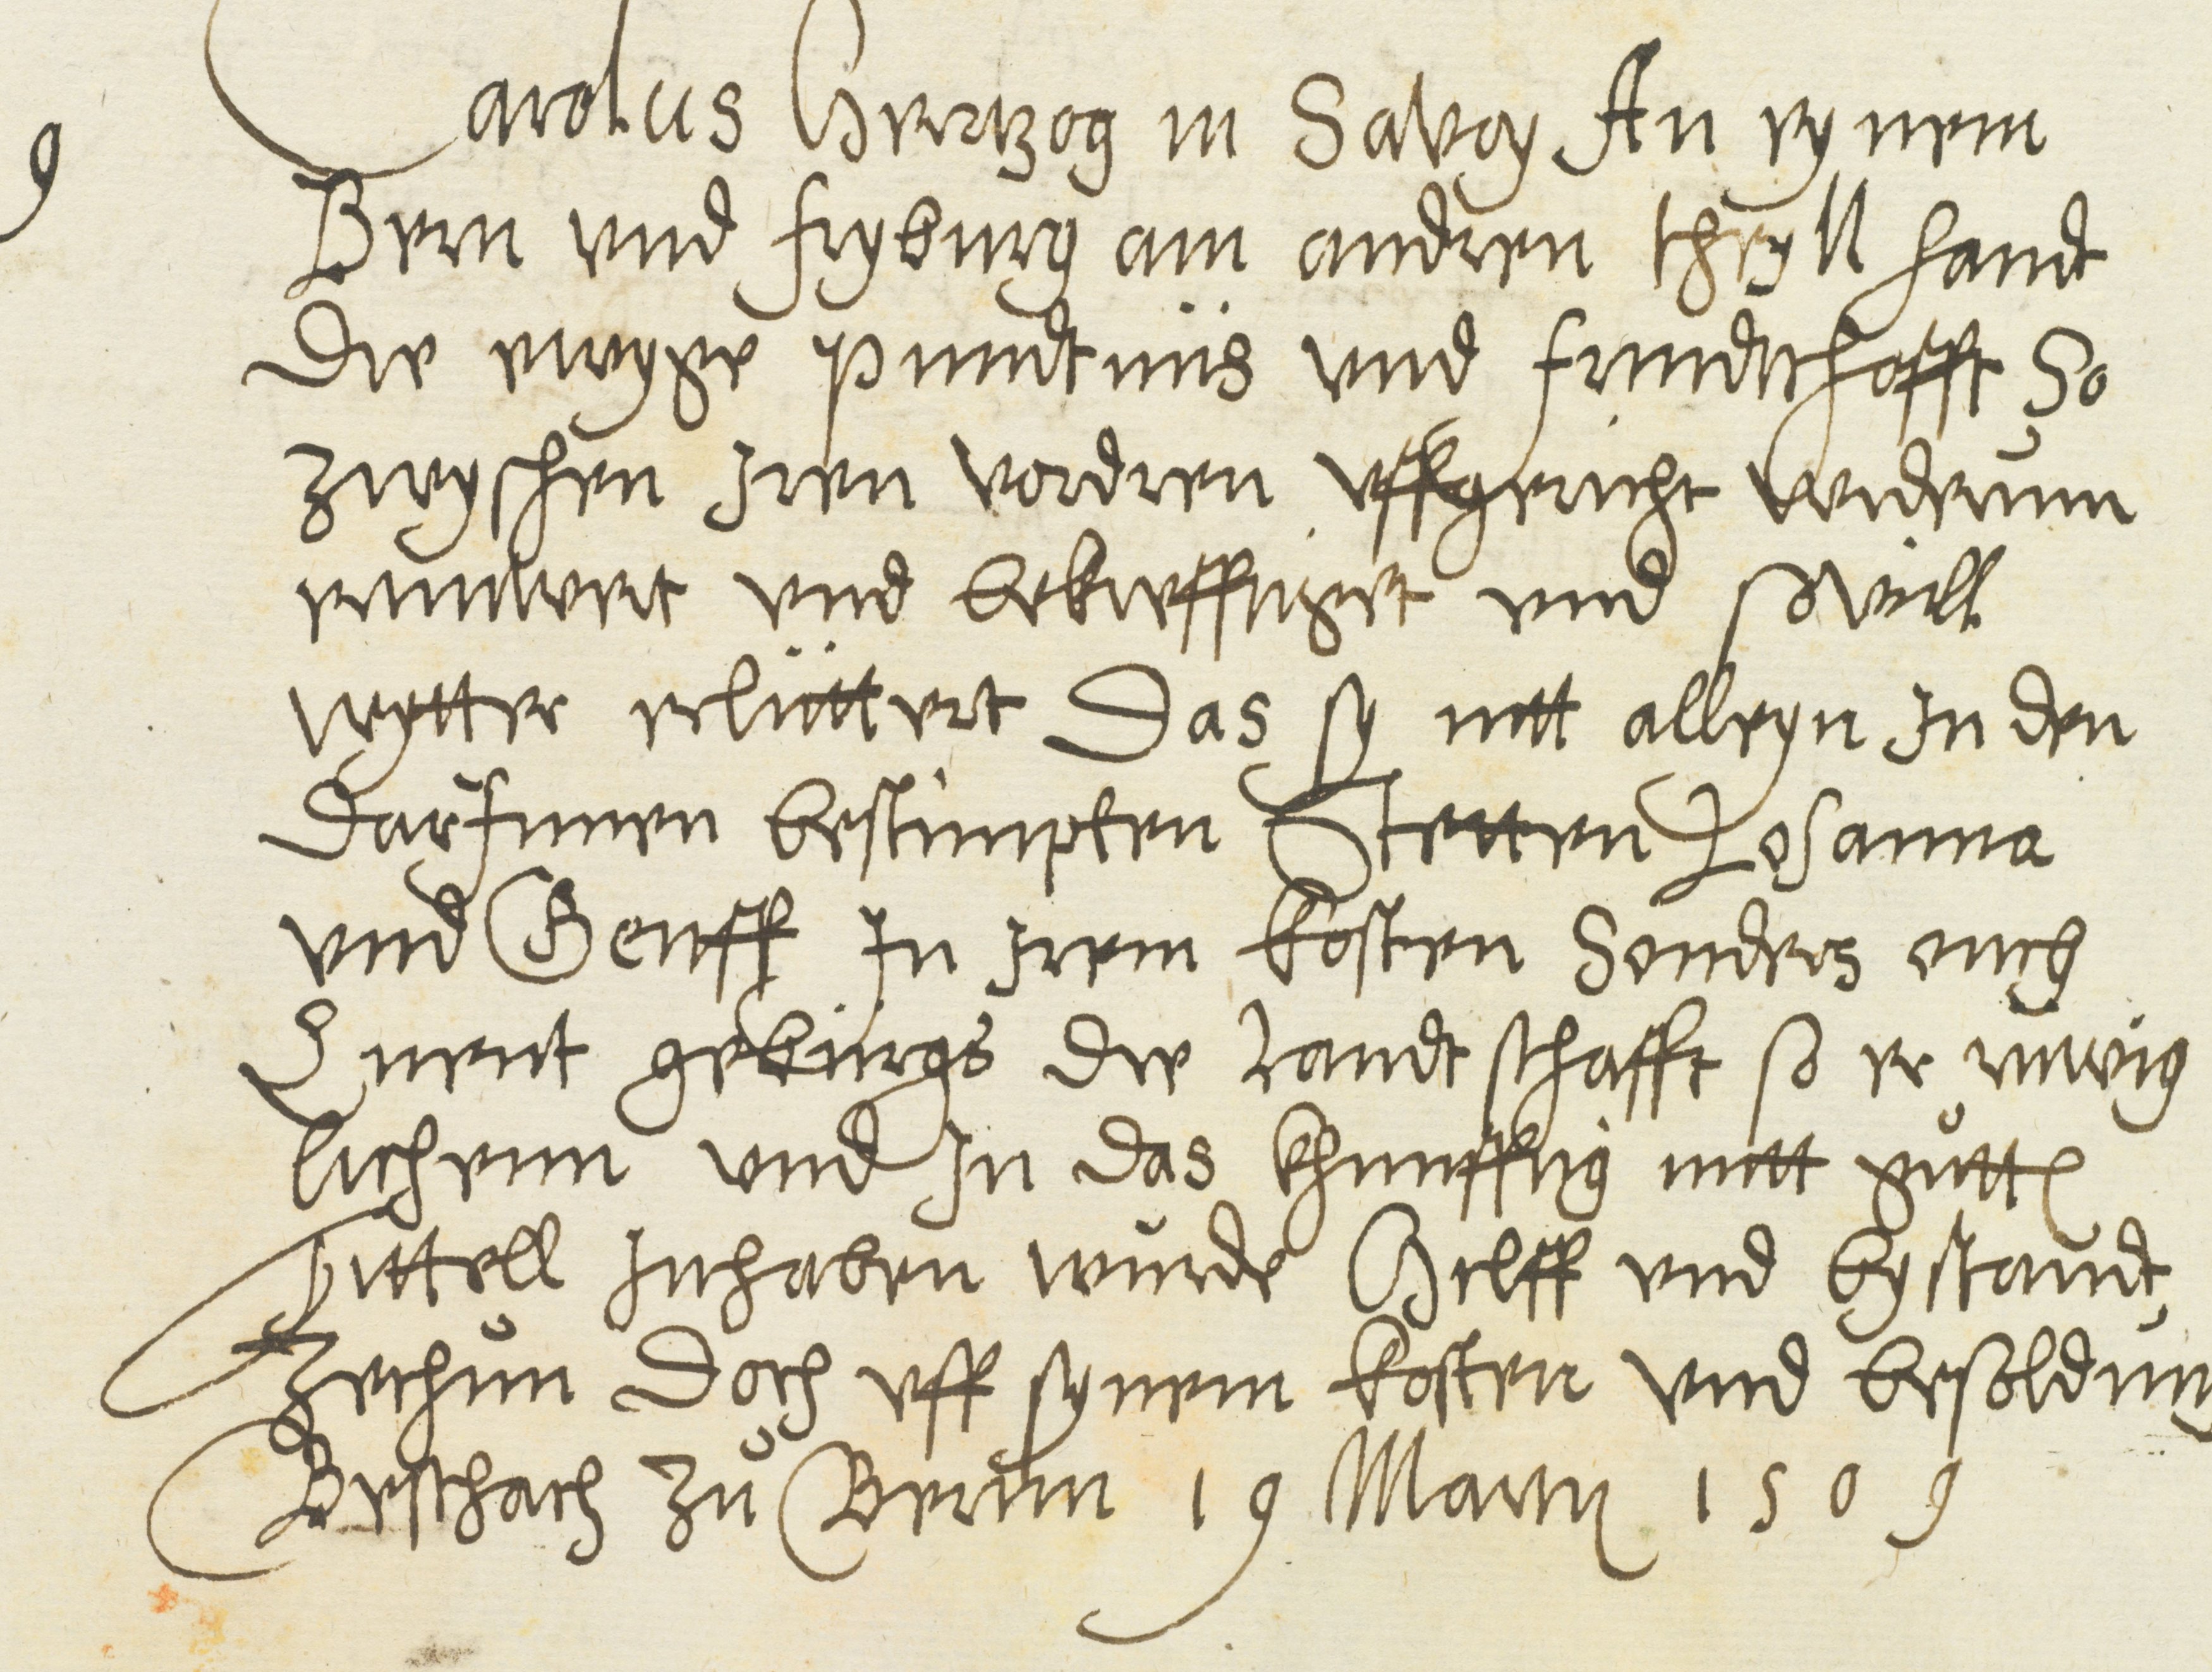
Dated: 1600–1630